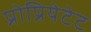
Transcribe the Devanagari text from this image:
प्रोप्रियेटेट